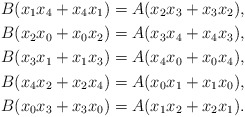
\begin{align*}B(x_1x_4+x_4x_1) = A(x_2x_3+x_3x_2),\\B(x_2x_0+x_0x_2) = A(x_3x_4+x_4x_3),\\B(x_3x_1+x_1x_3) = A(x_4x_0+x_0x_4),\\B(x_4x_2+x_2x_4) = A(x_0x_1+x_1x_0),\\B(x_0x_3+x_3x_0) = A(x_1x_2+x_2x_1).\end{align*}